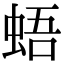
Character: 𧋋